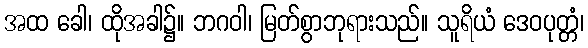
အထ ခေါ၊ ထိုအခါ၌။ ဘဂဝါ၊ မြတ်စွာဘုရားသည်။ သူရိယံ ဒေဝပုတ္တံ၊